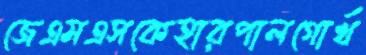
জেএমএসকেহারপালগোর্খ